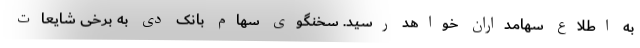
به اطلاع سهامداران خواهد رسید. سخنگوی سهام بانک دی به برخی شایعات